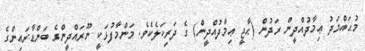
މުޙައްމަދު ޢިމާދުއްދީން ރަދުން (ޙާޖީ ޢިމާދުއްދީން) ގެ ދަރިކަލެކެވެ. މަންމާފުޅަކީ ނޫރައްދީންގެ ބަންޑާރައިންގެ